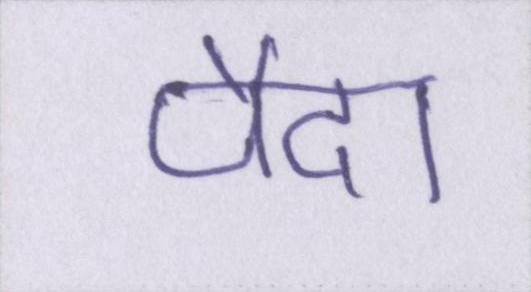
पैदा